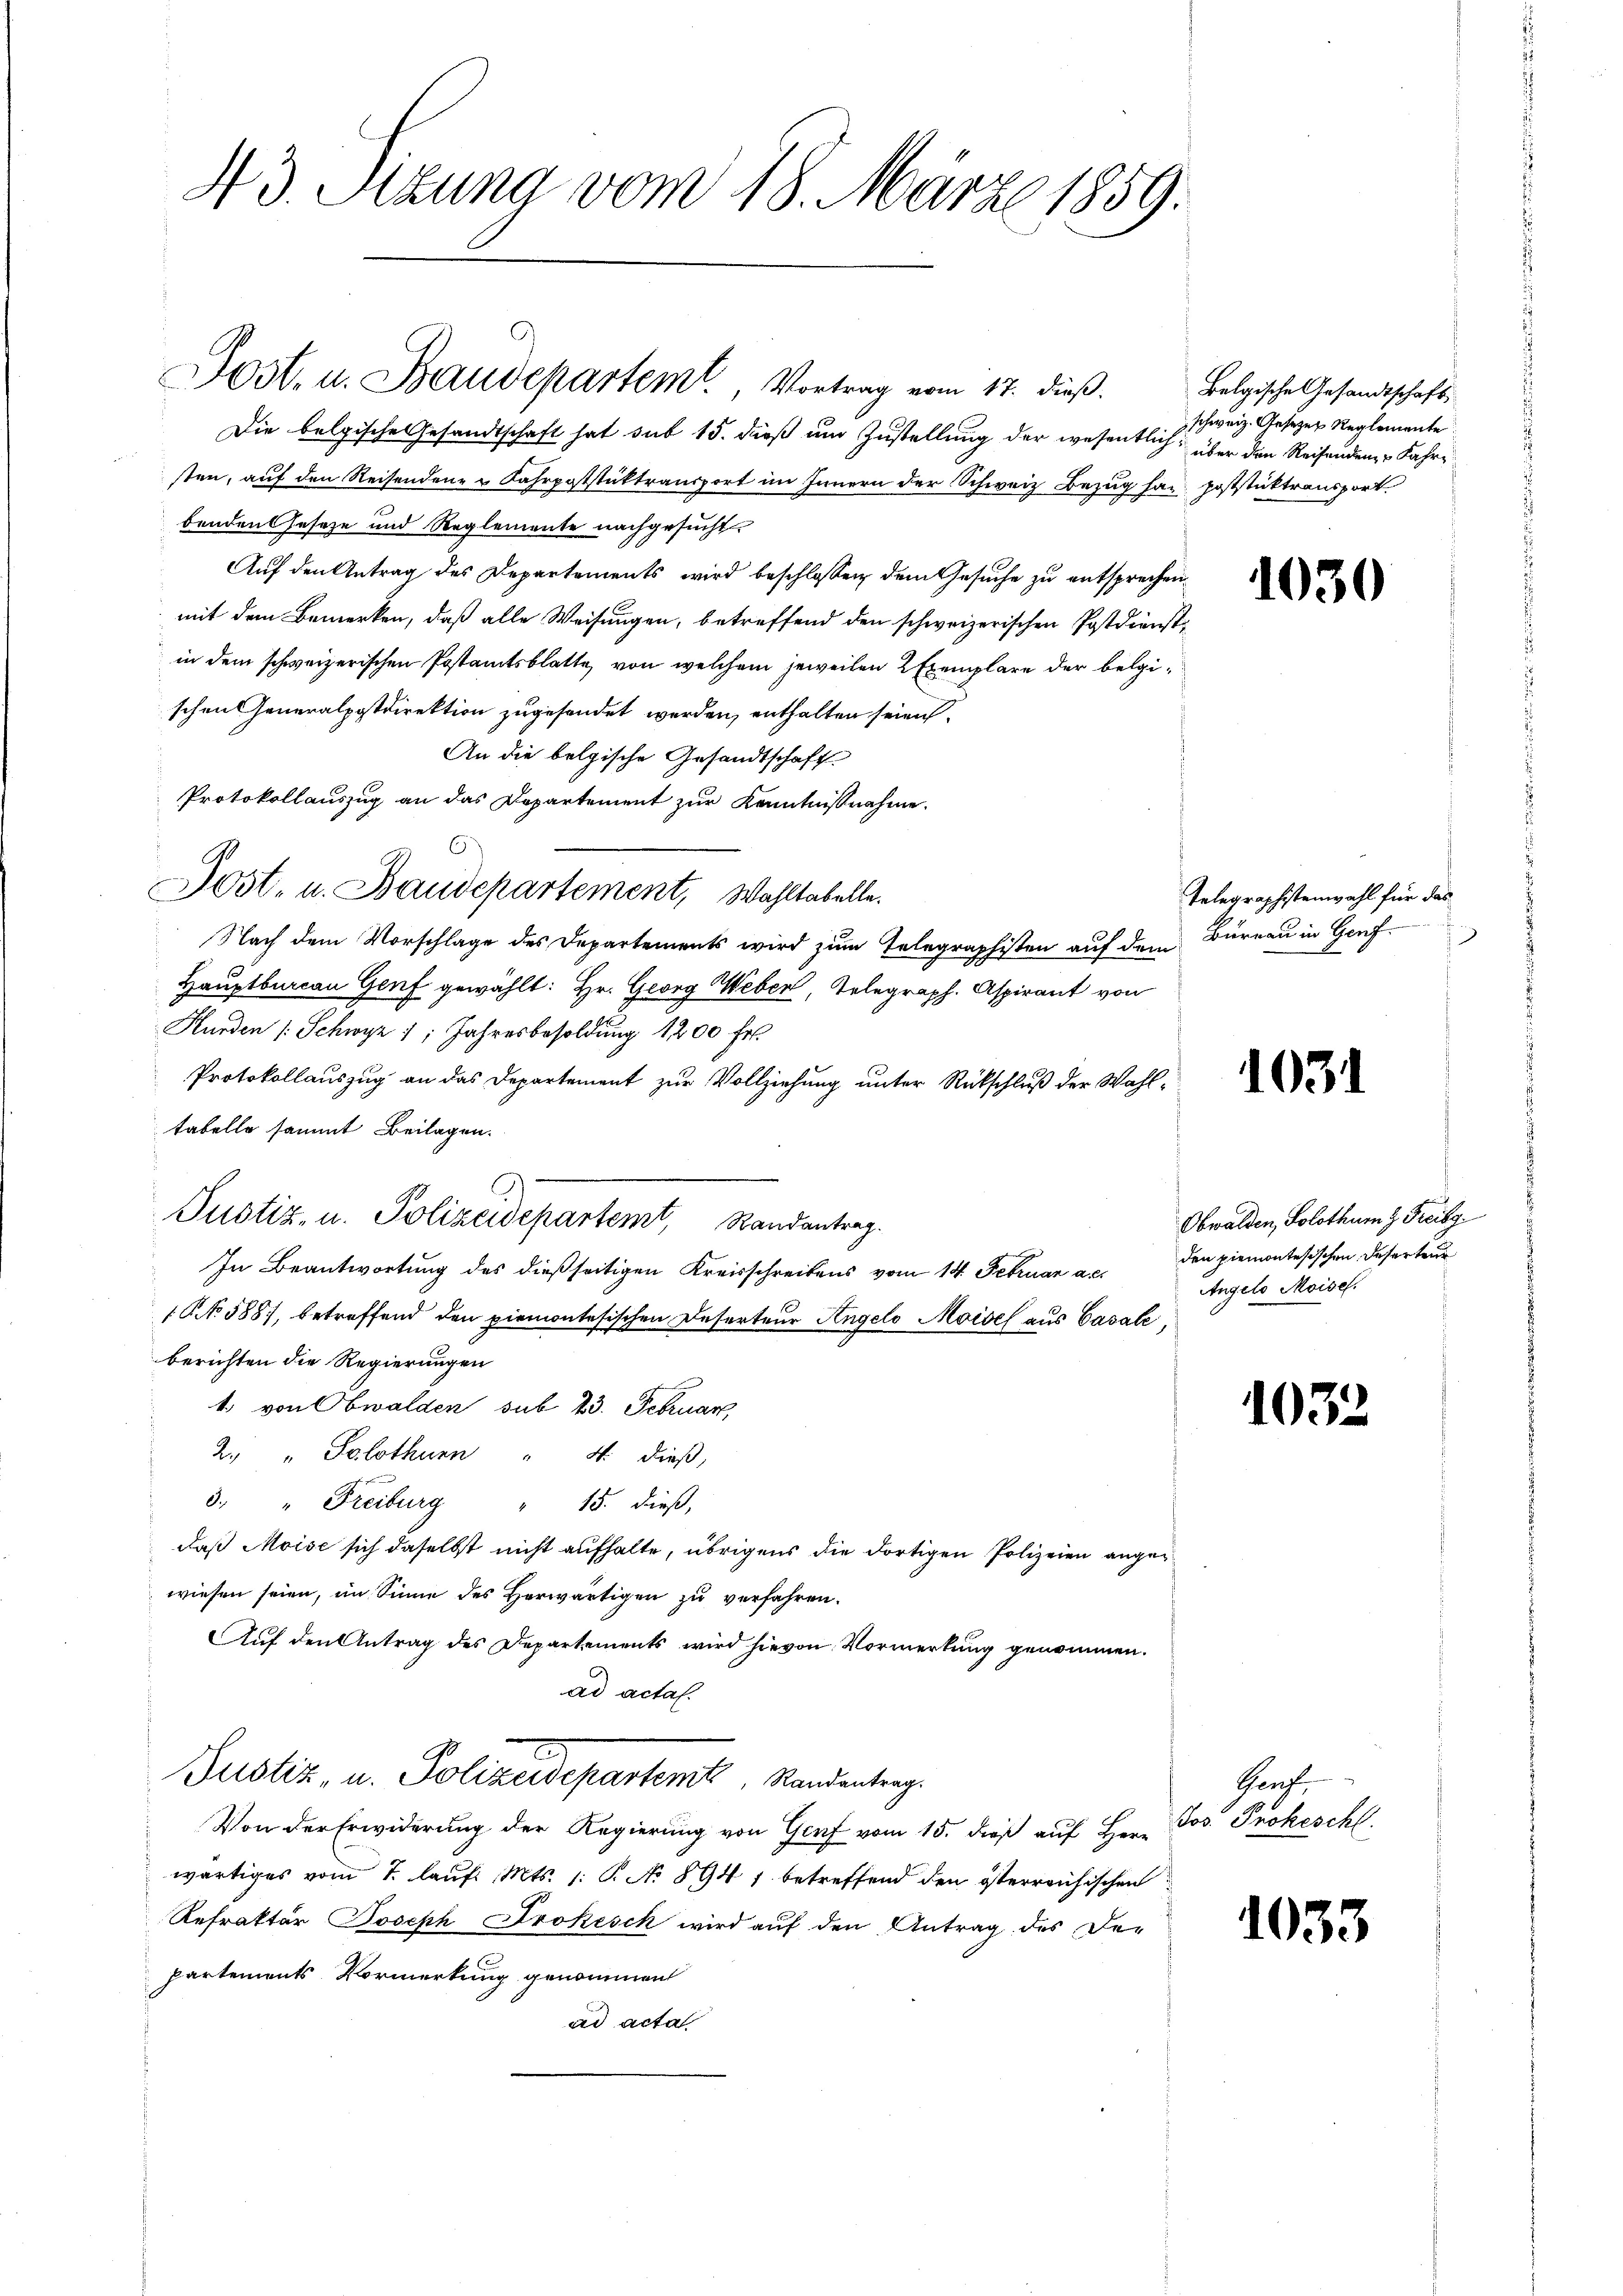
43. Sizung vom 18. März 1859.

Jost. u. Baudepartem Vortrag vom 17. dieß.

Die belgische Gesandtschaft hat sub 15. dieß um Zustellung der wesentlich
sten, auf den Reisenden- & Fahrpoststüktransport im Innern der Schweiz Bezug hat poststücktransport
benden Geseze und Reglemente nachgesucht
Auf den Antrag des Departements wird beschlossen dem Gesuche zu entsprechen.
mit dem Bemerken, daß alle Weisungen, betreffend den schweizerischen Postdienstin dem schweizerischen Postamtsblatte, von welchem jeweilen 2 Exemplare der belgischen Generalpostdirektion zugesendet werden, enthalten seien.
An die belgische Gesandtschaft
Protokollauszug an das Departement zur Kenntnißnahme.
Nach dem Vorschlage des Departements wird zum Telegraphisten auf dem Büreau in Genf.
Hauptbureau Genf gewählt: Hr. Georg Weber, Telegraph. Aspirant von
Hurden Schwyz 1; Jahresbesoldung 1200 fr.
Protokollauszug an das Departement zur Vollziehung unter Rückschluß der Wahltabelle sammt Beilagen.
3
Justiz- u. Polizeidepartemt, Randantrag.
In Beantwortung des dießseitigen Kreisschreibens vom 14. Februar a.c.
1 No 588, betreffend den Piemontesischen Deserteur Angelo Moisel aus Casale,
berichten die Regierungen
t. von Obwalden sub 23. Februar,
2. " Solothurn " 4. dieß,
3. " Freiburg " 15. dieß,
daß Moise sich daselbst nicht aufhalte, übrigens die dortigen Polizeien angewiesen seien, im Sinne des Herwärtigen zu verfahren.
Auf den Antrag des Departements wird hievon Vormerkung genommen.
ad acta.
Justiz, u. Polizeidepartem Randentrag
Von der Erwiderung der Regierung von Genf vom 15. dieß auf Herr
wärtiges vom 1. lauf. Mts. 1. P. No 894 1 betreffend den österreichischen
Refrakter Joseph Drokesck wird auf den Antrag des De-
Partements Vormerkung genommen
ad acta

Jost- u. Baudepartement, Wahltabelle.

Belgische Gesandtschaft,
schweiz. Gesetzes Reglemente
über den Reisenden Jahre

1030

Telegraphistenwahl für das
3

1031

Obwalden, Solothum & Freibg
den Piemontesischen Deserteur
Angelo Moisel.

103.

Genf.
Jos Prokeschl.

1032